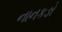
નાનકઙો